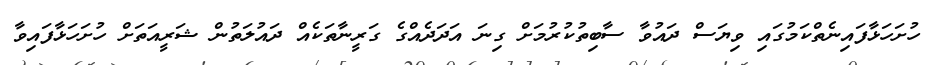
ހުށަހަޅާފައިނެތްކަމުގައި ވިޔަސް ދައުވާ ސާބިތުކުރުމަށް ގިނަ އަދަދެއްގެ ގަރީނާތަކެއް ދައުލަތުން ޝަރީއަތަށް ހުށަހަޅާފައިވާ